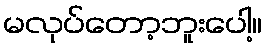
မလုပ်တော့ဘူးပေါ့။